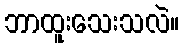
ဘာထူးသေးသလဲ။